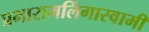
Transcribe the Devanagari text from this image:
प्रभारामलिंगास्वामी